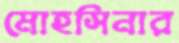
মোহসিনার